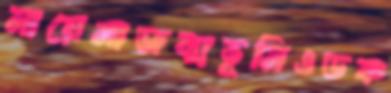
মায়েনাজন্মভূমিওডক